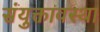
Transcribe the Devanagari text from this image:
संयुक्तावस्था